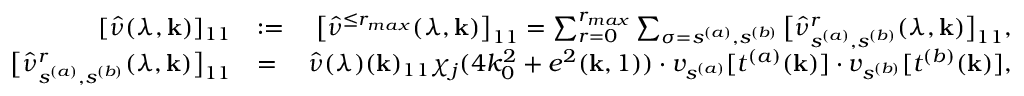
\begin{array} { r l r } { [ \hat { \nu } ( \lambda , { \bf k } ) ] _ { 1 1 } } & { : = } & { \big [ \hat { \nu } ^ { \le r _ { m a x } } ( \lambda , { \bf k } ) \big ] _ { 1 1 } = \sum _ { r = 0 } ^ { r _ { m a x } } \sum _ { \sigma = s ^ { ( a ) } , s ^ { ( b ) } } \big [ \hat { \nu } _ { s ^ { ( a ) } , s ^ { ( b ) } } ^ { r } ( \lambda , { \bf k } ) \big ] _ { 1 1 } , } \\ { \big [ \hat { \nu } _ { s ^ { ( a ) } , s ^ { ( b ) } } ^ { r } ( \lambda , { \bf k } ) \big ] _ { 1 1 } } & { = } & { \hat { \nu } ( \lambda ) ( { \bf k } ) _ { 1 1 } \chi _ { j } ( 4 k _ { 0 } ^ { 2 } + e ^ { 2 } ( { \bf k } , 1 ) ) \cdot v _ { s ^ { ( a ) } } [ t ^ { ( a ) } ( { \bf k } ) ] \cdot v _ { s ^ { ( b ) } } [ t ^ { ( b ) } ( { \bf k } ) ] , } \end{array}